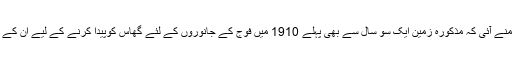
تاہم 2016 میں اچانک حالات نے اس وقت کروٹ بدلی جب پاک فوج اس دعوے کے ساتھ سامنے آئی کہ مذکورہ زمین ایک سو سال سے بھی پہلے 1910 میں فوج کے جانوروں کے لئے گھاس کوپیدا کرنے کے لیے ان کے زیر انتطام ادارے ملٹری فارمز راولپنڈی کو اس وقت کی حکومت پنجاب نے الاٹ کردی تھی۔